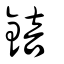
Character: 錇